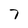
Character: 7